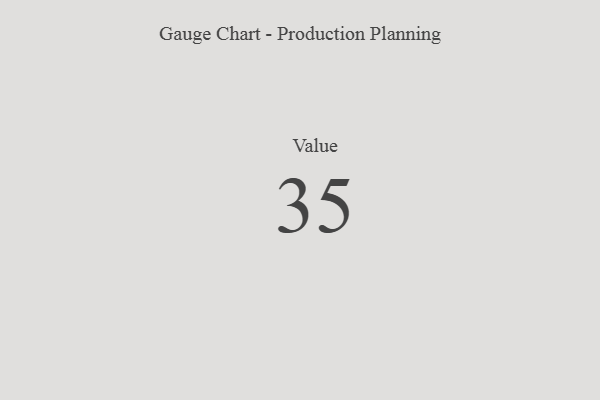
{"axis": {"x": "Metric", "y": "Value"}, "legend": [""], "data": [{"x": "Value", "y": 35, "type": ""}]}